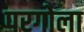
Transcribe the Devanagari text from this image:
परगोला